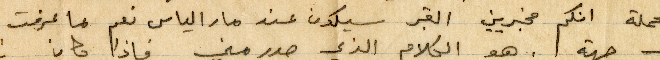
بالجملة انكم مخبرين القبر يكون عند مار الياس نعم بما عرفت